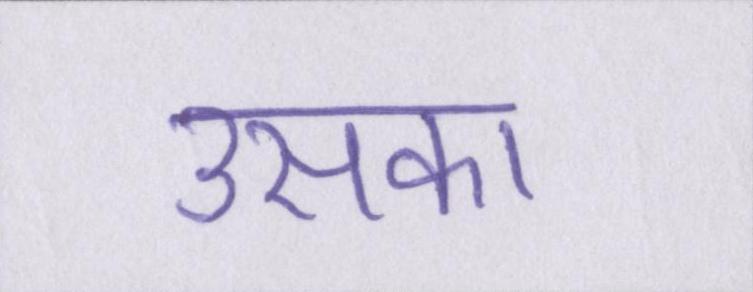
उसका